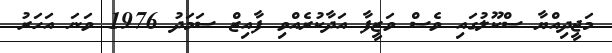
މަޖީދިއްޔާ ސްކޫލުގައި ވެސް ވަޒީފާ އަދާކުރެއްވި ފާއިޒް ސަމަދު 1976 ވަނަ އަހަރު